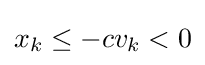
x_{k}\leq -cv_{k}<0